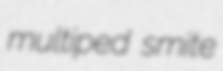
multiped smite